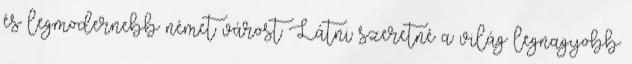
és legmodernebb német várost Látni szeretné a világ legnagyobb